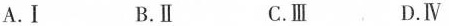
A.Ⅰ B.Ⅱ C.Ⅲ D.Ⅳ